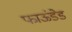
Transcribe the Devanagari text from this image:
फाऊंडेड